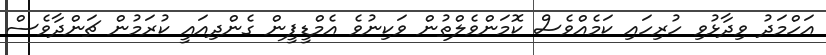
އަހްމަދު ވިދާޅުވި ހުރިހައި ކަމެއްވެސް ކޮމަންވެލްތުން ވަކިނުވެ އެމްޑީޕީން ގެންދިއައީ ކުރަމުން ޗަންދާވެސް